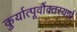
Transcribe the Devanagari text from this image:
कुर्यात्पूर्वोक्तस्यार्धं